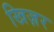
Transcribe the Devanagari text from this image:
खिज़र